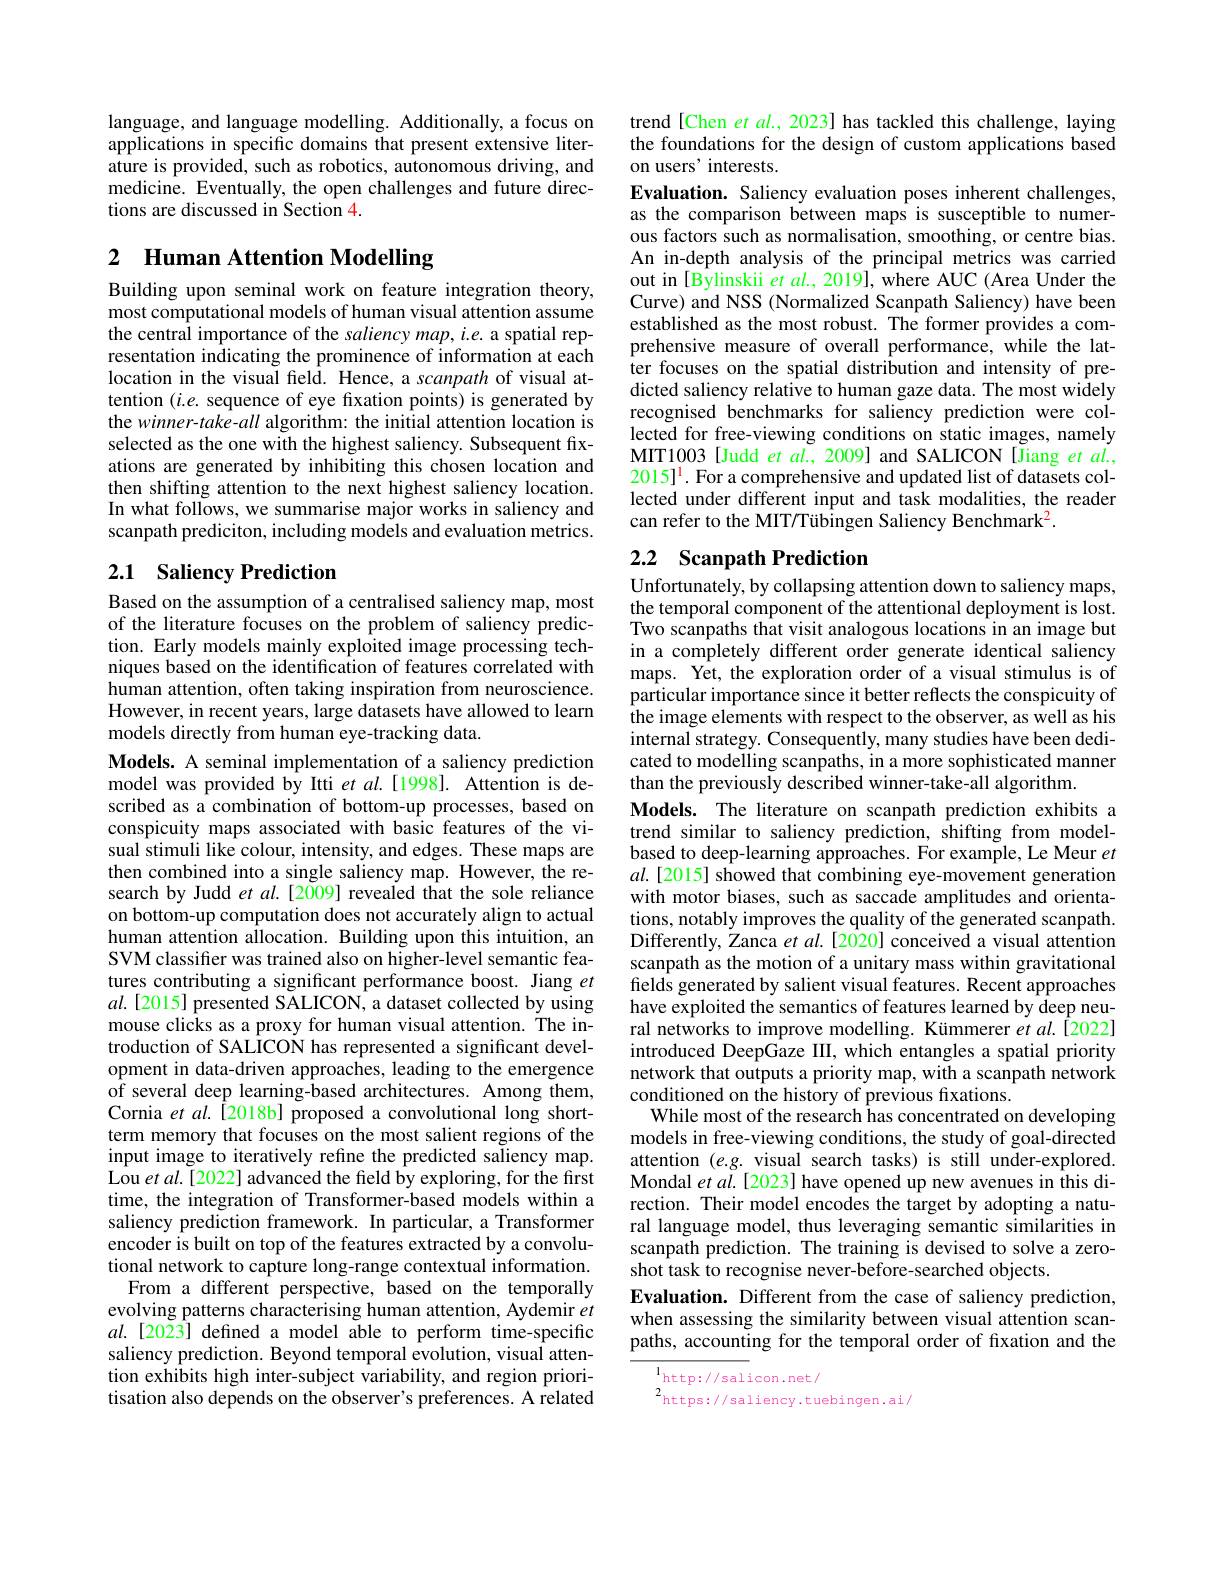
language, and language modelling. Additionally, a focus on applications in specific domains that present extensive literature is provided, such as robotics, autonomous driving, and medicine. Eventually, the open challenges and future directions are discussed in Section 4.

# 2 Human Attention Modelling

Building upon seminal work on feature integration theory, most computational models of human visual attention assume the central importance of the saliency map, i.e. a spatial representation indicating the prominence of information at each location in the visual feld. Hence, a scanpath of visual attention $(i.e.$ sequence of eye fixation points) is generated by the winner-take-all algorithm: the initial attention location is selected as the one with the highest saliency. Subsequent fixations are generated by inhibiting this chosen location and then shifting attention to the next highest saliency location. In what follows, we summarise major works in saliency and scanpath prediciton, including models and evaluation metrics.

## 2.1 Saliency Prediction

Based on the assumption of a centralised saliency map, most of the literature focuses on the problem of saliency prediction. Early models mainly exploited image processing techniques based on the identification of features correlated with human attention, often taking inspiration from neuroscience. However, in recent years, large datasets have allowed to learn models directly from human eye-tracking data.
Models. A seminal implementation of a saliency prediction model was provided by Itti et $al.[1998].$ Attention is described as a combination of bottom-up processes, based on conspicuity maps associated with basic features of the visual stimuli like colour, intensity, and edges. These maps are then combined into a single saliency map. However, the research by Judd et al.[2009] revealed that the sole reliance on bottom-up computation does not accurately align to actual human attention allocation. Building upon this intuition, an SVM classifier was trained also on higher-level semantic features contributing a significant performance boost. Jiang $et$ $al.[2015]$ presented SALICON, a dataset collected by using mouse clicks as a proxy for human visual attention. The introduction of SALICON has represented a significant development in data-driven approaches, leading to the emergence of several deep learning-based architectures. Among them, Cornia et al.[2018b] proposed a convolutional long shortterm memory that focuses on the most salient regions of the input image to iteratively refine the predicted saliency map. Lou et al.[2022] advanced the field by exploring, for the first time, the integration of Transformer-based models within a saliency prediction framework. In particular, a Transformer encoder is built on top of the features extracted by a convolutional network to capture long-range contextual information.
From a different perspective, based on the temporally evolving patterns characterising human attention, Aydemir $et$ $al.$ [2023] defined a model able to perform time-specific saliency prediction. Beyond temporal evolution, visual attention exhibits high inter-subject variability, and region prioritisation also depends on the observer's preferences. A related

trend [Chen et al., 2023] has tackled this challenge, laying the foundations for the design of custom applications based on users' interests.

Evaluation. Saliency evaluation poses inherent challenges, as the comparison between maps is susceptible to numerous factors such as normalisation, smoothing, or centre bias. An in-depth analysis of the principal metrics was carried out in[Bylinskii $etal.,2019]$,where AUC(Area Under the Curve) and NSS (Normalized Scanpath Saliency) have been established as the most robust. The former provides a comprehensive measure of overall performance, while the latter focuses on the spatial distribution and intensity of predicted saliency relative to human gaze data. The most widely recognised benchmarks for saliency prediction were collected for free-viewing conditions on static images, namely MIT1003 [Judd et al., 2009] and SALICON [Jiang et al. $2015]^1. For a comprehensive and updated list of datasets col-$ lected under different input and task modalities, the reader can refer to the MIT/Tübingen Saliency Benchmark$^{2}.$

# 2.2 Scanpath Prediction

Unfortunately, by collapsing attention down to saliency maps, the temporal component of the attentional deployment is lost. Two scanpaths that visit analogous locations in an image but in a completely different order generate identical saliency maps. Yet, the exploration order of a visual stimulus is of particular importance since it better reflects the conspicuity of the image elements with respect to the observer, as well as his internal strategy. Consequently, many studies have been dedicated to modelling scanpaths, in a more sophisticated manner than the previously described winner-take-all algorithm.
Models. The literature on scanpath prediction exhibits a trend similar to saliency prediction, shifting from modelbased to deep-learning approaches. For example, Le Meur $et$ $al. [ 2015]$ showed that combining eye- movement generation with motor biases, such as saccade amplitudes and orientations, notably improves the quality of the generated scanpath. Differently, Zanca $etal.[2020]$ conceived a visual attention scanpath as the motion of a unitary mass within gravitational fields generated by salient visual features. Recent approaches have exploited the semantics of features learned by deep neural networks to improve modelling. Kümmerer et al.[2022] introduced DeepGaze III, which entangles a spatial priority network that outputs a priority map, with a scanpath network conditioned on the history of previous fixations
While most of the research has concentrated on developing models in free-viewing conditions, the study of goal-directed attention $(e.g.$ visual search tasks) is still under-explored. Mondal et al. [2023] have opened up new avenues in this direction. Their model encodes the target by adopting a natural language model, thus leveraging semantic similarities in scanpath prediction. The training is devised to solve a zeroshot task to recognise never-before-searched objects.
Evaluation. Different from the case of saliency prediction, when assessing the similarity between visual attention scanpaths, accounting for the temporal order of fxation and the
$\mathrm{l}_{\mathrm{http://salicon.net/}}$

2https://saliency.tuebingen.ai/